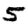
Digit: 5